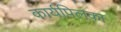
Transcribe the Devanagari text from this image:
कार्यपिलका